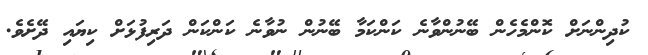
ކުދިންނަށް ކޮންމެހެން ބޭނުންވާނެ ކަންކަމާ ބޭނުން ނުވާނެ ކަންކަން ދަރިފުޅަށް ކިޔައި ދޭށެވެ.